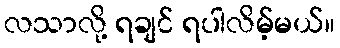
လသာလို့ ရချင် ရပါလိမ့်မယ်။